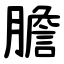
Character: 膽